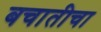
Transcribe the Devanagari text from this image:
बचातीचा